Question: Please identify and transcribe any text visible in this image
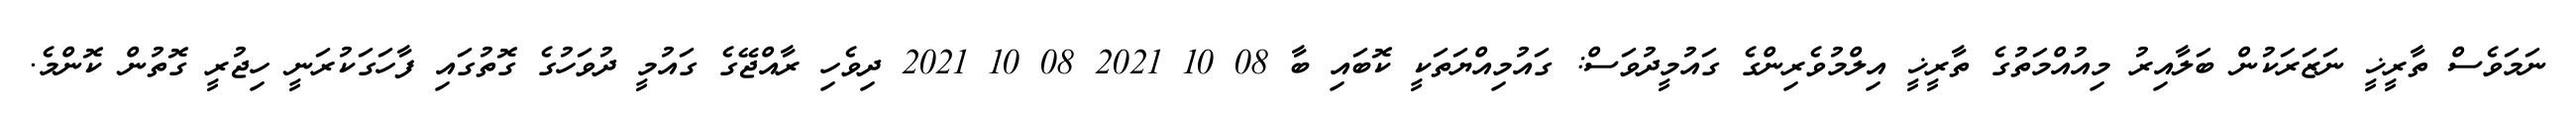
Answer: ނަމަވެސް ތާރީޚީ ނަޒަރަކުން ބަލާއިރު މިއުއްމަތުގެ ތާރީޚީ އިލްމުވެރިންގެ ގައުމީދުވަސް: ގައުމިއްޔަތަކީ ކޮބައި ބާ 08 10 2021 08 10 2021 ދިވެހި ރާއްޖޭގެ ގައުމީ ދުވަހުގެ ގޮތުގައި ފާހަގަކުރަނީ ހިޖުރީ ގޮތުން ކޮންމެ.